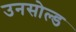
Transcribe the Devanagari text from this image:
उनसोल्ड